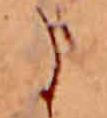
よ